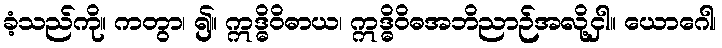
ခံ့သည်ကို။ ကတွာ၊ ၍။ ဣဒ္ဓိဝိဓာယ၊ ဣဒ္ဓိဝိဓအဘိညာဉ်အလို့ငှါ။ ယောဂေါ၊